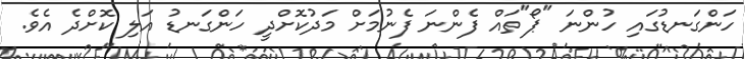
ހަންގަނޑުގައި ހުންނަ "ޕޯ"ތައް ފެންނަ ފެނުމަށް މަދުކޮށްދީ ހަންގަނޑު އަލި ކޮށްދެ އެވެ.